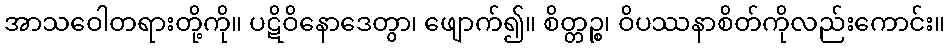
အာသဝေါတရားတို့ကို။ ပဋိဝိနောဒေတွာ၊ ဖျောက်၍။ စိတ္တဉ္စ၊ ဝိပဿနာစိတ်ကိုလည်းကောင်း။